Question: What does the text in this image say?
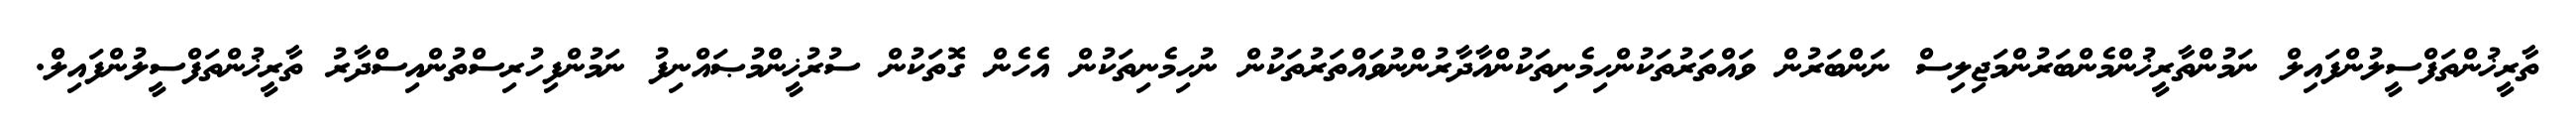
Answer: ތާރީޚުންތަފްސީލުންފައިލް ނަމުންތާރީޚުންމެންބަރުންމަޖިލިސް ނަންބަރުން ވައްތަރުތަކުންހިމެނިތަކުންއާދާރުންނުވައްތަރުތަކުން ނުހިމެނިތަކުން އެހެން ގޮތަކުން ސުރުޚީންމުޞައްނިފު ނަމުންފިހުރިސްތުންއިސްދާރު ތާރީޚުންތަފްސީލުންފައިލް.